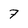
Character: 7